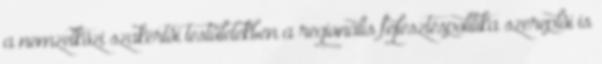
a nemzetközi szakértôi testületekben a regionális fejlesztéspolitika szereplôi is